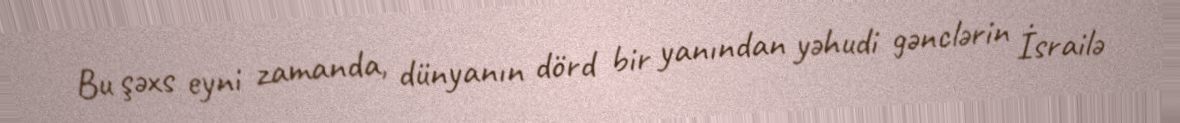
Bu şəxs eyni zamanda, dünyanın dörd bir yanından yəhudi gənclərin İsrailə